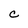
Character: C